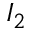
I _ { 2 }